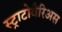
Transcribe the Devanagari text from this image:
स्ट्राटोवैरिअस